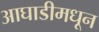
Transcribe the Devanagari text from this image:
आघाडीमधून